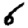
Digit: 6